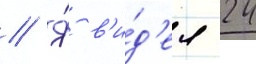
// Я́ в'и́д'ел 24